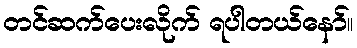
တင်ဆက်ပေးလိုက် ရပါတယ်နော်။